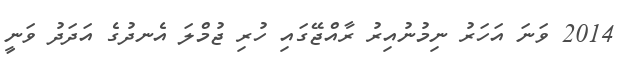
2014 ވަނަ އަހަރު ނިމުނުއިރު ރާއްޖޭގައި ހުރި ޖުމްލަ އެނދުގެ އަދަދު ވަނީ